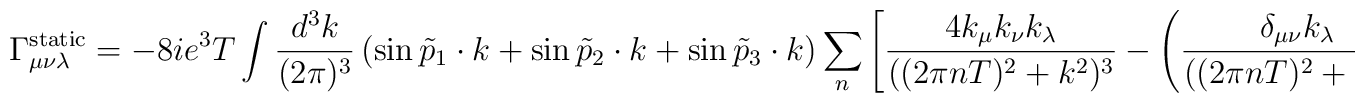
\Gamma_{\mu\nu\lambda}^{\rm static} = -8ie^{3}T \int\frac{d^{3}k}{(2\pi)^{3}}\left( \sin \tilde{p}_{1}\cdot k + \sin\tilde{p}_{2}\cdot k + \sin \tilde{p}_{3}\cdot k \right) \sum_{n}\left[\frac{4k_{\mu}k_{\nu}k_{\lambda}}{((2\pi nT)^{2}+k^{2})^{3}} -  \left(\frac{\delta_{\mu\nu} k_{\lambda}}{((2\pi    nT)^{2}+k^{2})^{2}}+ {\rm cyclic}\right)\right]